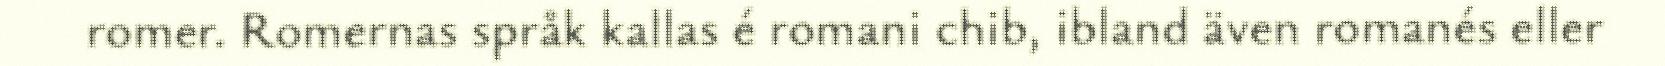
romer. Romernas språk kallas é romani chib, ibland även romanés eller